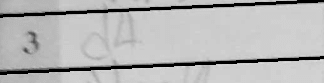
Transcription: d4